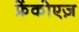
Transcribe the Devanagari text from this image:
फ्रेंकोएज़